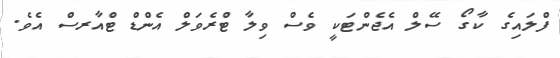
ފްލައިގެ ކާގޯ ސޭލް އެޖެންޓަކީ ވެސް ވިލާ ޓްރެވަލް އެންޑް ޓްއާރސް އެވެ.